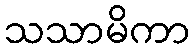
သသာမိကာ